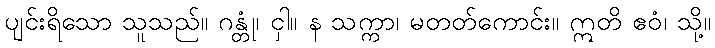
ပျင်းရိသော သူသည်။ ဂန္တုံ၊ ငှါ။ န သက္ကာ၊ မတတ်ကောင်း။ ဣတိ ဧဝံ၊ သို့။